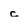
Character: c